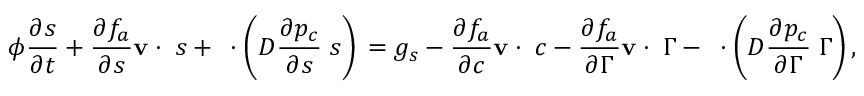
\phi \frac { \partial s } { \partial t } + \frac { \partial f _ { a } } { \partial s } { { \bf v } } \cdot { \bf \nabla } s + { \bf \nabla } \cdot \left( D \frac { \partial p _ { c } } { \partial s } { \bf \nabla } s \right) \, = g _ { s } - \frac { \partial f _ { a } } { \partial c } { { \bf v } } \cdot { \bf \nabla } c - \frac { \partial f _ { a } } { \partial \Gamma } { { \bf v } } \cdot { \bf \nabla } \Gamma - { \bf \nabla } \cdot \left( D \frac { \partial p _ { c } } { \partial \Gamma } { \bf \nabla } \Gamma \right) ,